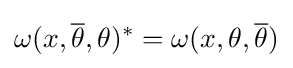
\omega (x,{\overline {\theta }},\theta )^{*}=\omega (x,\theta ,{\overline {\theta }})